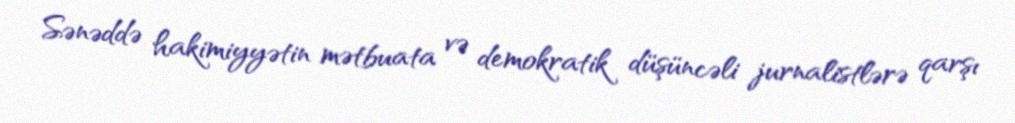
Sənəddə hakimiyyətin mətbuata və demokratik düşüncəli jurnalistlərə qarşı